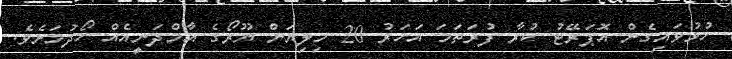
ހުޅުވައިގެން އޮޕަރޭޓު ކުރާ ފުރަތަމަ އަހަރު 20 މިލިޔަން ޔޫރޯގެ އާމްދަނީއެއް ހޯދުމަށެވެ.